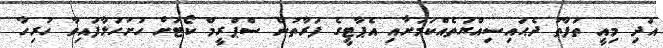
އަދި މިއީ ތަފާތު ދެޙައިސިއްޔަތެއްކަމަށާއި އެޕާޓީގެ ފަރާތުން ސްޕްރީމް ކޯޓަށް ހުށަހަޅާފައިވާ ހުރިހާ